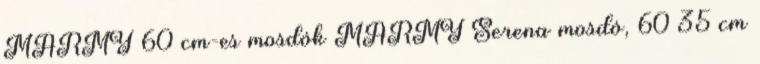
MARMY 60 cm-es mosdók MARMY Serena mosdó, 60×35 cm